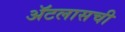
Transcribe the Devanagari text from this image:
ॲटलासची